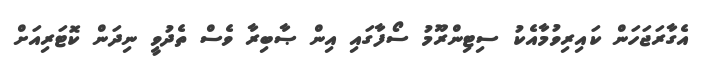
އެގާރަޖަހަން ކައިރިވުމާއެކު ސިޓިންރޫމު ސޯފާގައި އިން ޞާބިރާ ވެސް ތެދުވީ ނިދަން ކޮޓަރިއަށް